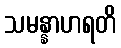
သမန္နာဟရတိ